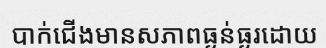
បាក់ជើងមានសភាពធ្ងន់ធ្ងរដោយ